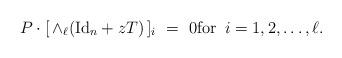
LaTeX: \begin{align*} P \cdot [\,\wedge_\ell ({\rm Id}_n+zT)\,]_i \,\, = \,\, 0{\rm for} \,\,\, i =1,2,\ldots,\ell.\end{align*}